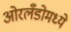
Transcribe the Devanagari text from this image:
ओरलँडोमध्ये